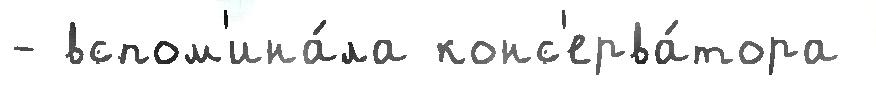
- вспом'ина́ла конс'ерва́тора